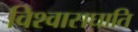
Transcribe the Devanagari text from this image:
विश्वासघाति